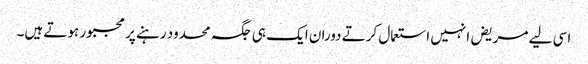
اسی لیے مریض انہیں استعمال کرتے دوران ایک ہی جگہ محدود رہنے پر مجبور ہوتے ہیں۔